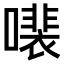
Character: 𫬍